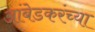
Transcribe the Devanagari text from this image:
आंबेडकरंच्या